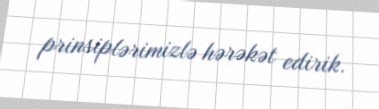
prinsiplərimizlə hərəkət edirik.